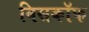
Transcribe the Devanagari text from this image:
बिसकॉफ